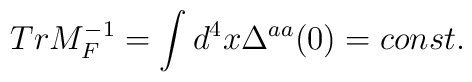
TrM_F^{-1}=\int d^4x\Delta ^{aa}(0)=const.